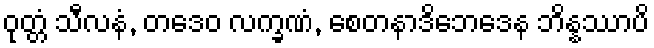
ဝုတ္တံ သီလနံ, တဒေဝ လက္ခဏံ, စေတနာဒိဘေဒေန ဘိန္နဿာပိ